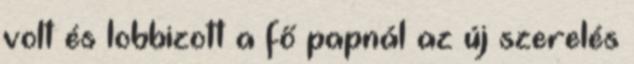
volt és lobbizott a fő papnál az új szerelés